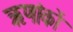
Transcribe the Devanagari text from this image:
ऋणांकों